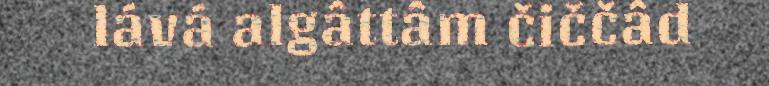
lává algâttâm čiččâd